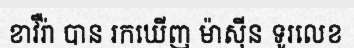
ខាវឺរ៉ា បាន រកឃើញ ម៉ាស៊ីន ទូរលេខ